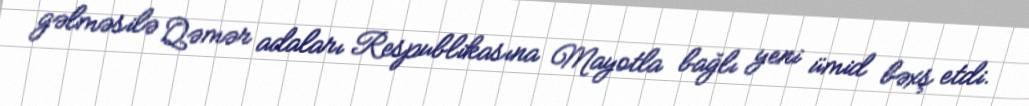
gəlməsilə Qəmər adaları Respublikasına Mayotla bağlı yeni ümid bəxş etdi.